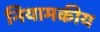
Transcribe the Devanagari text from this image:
नियामकीय